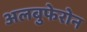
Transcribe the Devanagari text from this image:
अलबुफेरोन